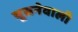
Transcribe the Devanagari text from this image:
चूसनेवाली